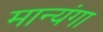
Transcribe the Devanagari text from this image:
मान्यंगा